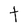
Character: t